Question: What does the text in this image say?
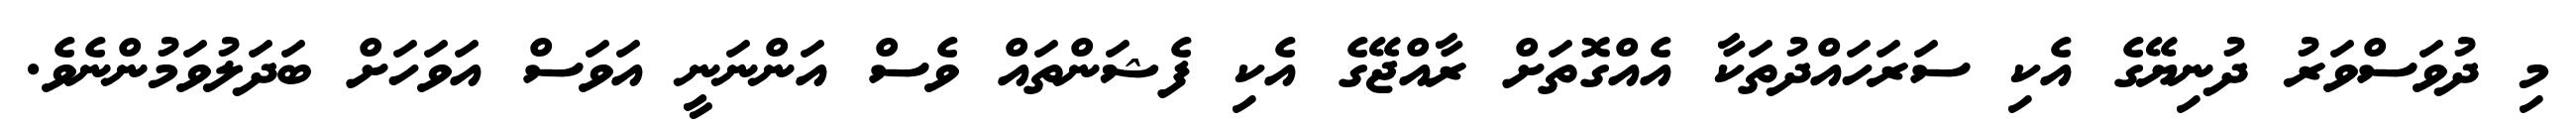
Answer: މި ދުވަސްވަރު ދުނިޔޭގެ އެކި ސަރަހައްދުތަކާ އެއްގޮތަށް ރާއްޖޭގެ އެކި ފެޝަންތައް ވެސް އަންނަނީ އަވަސް އަވަހަށް ބަދަލުވަމުންނެވެ.